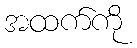
အထက်ကို